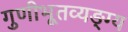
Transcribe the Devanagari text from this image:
गुणीभूतव्यङ्ग्य